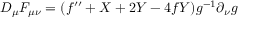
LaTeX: D _ { \mu } F _ { \mu \nu } = ( f ^ { \prime \prime } + X + 2 Y - 4 f Y ) g ^ { - 1 } \partial _ { \nu } g